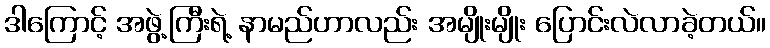
ဒါကြောင့် အဖွဲ့ကြီးရဲ့ နာမည်ဟာလည်း အမျိုးမျိုး ပြောင်းလဲလာခဲ့တယ်။